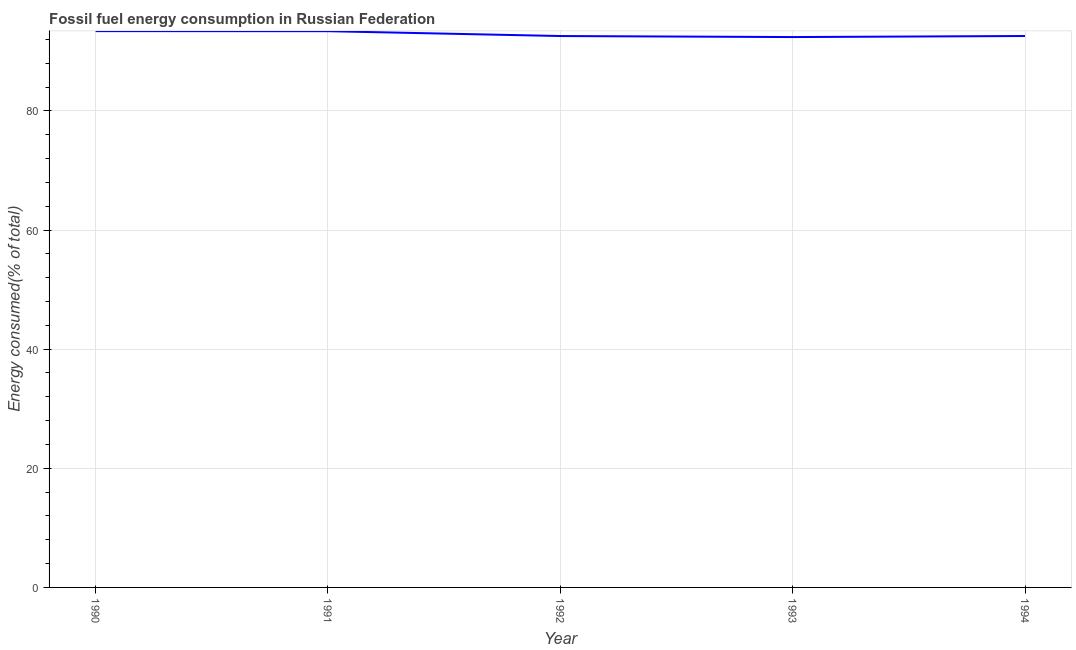
| Year | Fossil fuel energy consumption (% of total) |
 | --- | --- |
 | 1990 | 93.4 |
 | 1991 | 93.4 |
 | 1992 | 92.6 |
 | 1993 | 92.4 |
 | 1994 | 92.6 |